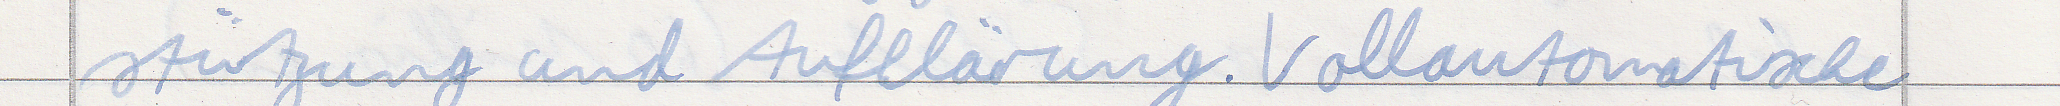
stützung und Aufklärung. Vollautomatische